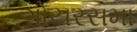
ગોયરસમા